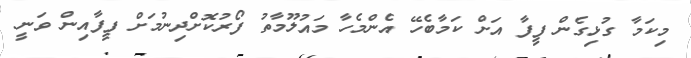
މިކަމާ ގުޅިގެން ފީފާ އަށް ކަމާބެހޭ އެންމެހާ މައުލޫމާތު ފޯރުކޮށްދިނުމަށް ފީފާއިން ވަނީ